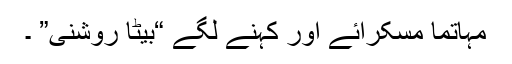
مہاتما مسکرائے اور کہنے لگے “بیٹا روشنی” ۔